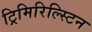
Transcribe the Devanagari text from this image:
ट्रिमिरिल्स्टिन